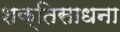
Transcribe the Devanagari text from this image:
शक्तिसाधना